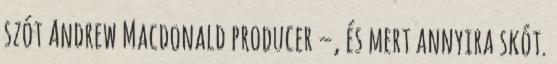
szót Andrew Macdonald producer –, és mert annyira skót.